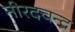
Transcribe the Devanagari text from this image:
नीरदचन्द्र